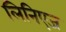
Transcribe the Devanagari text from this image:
लिनिएज